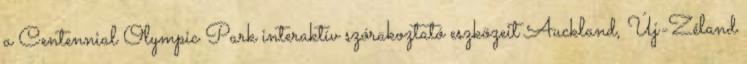
a Centennial Olympic Park interaktív szórakoztató eszközeit Auckland, Új-Zéland